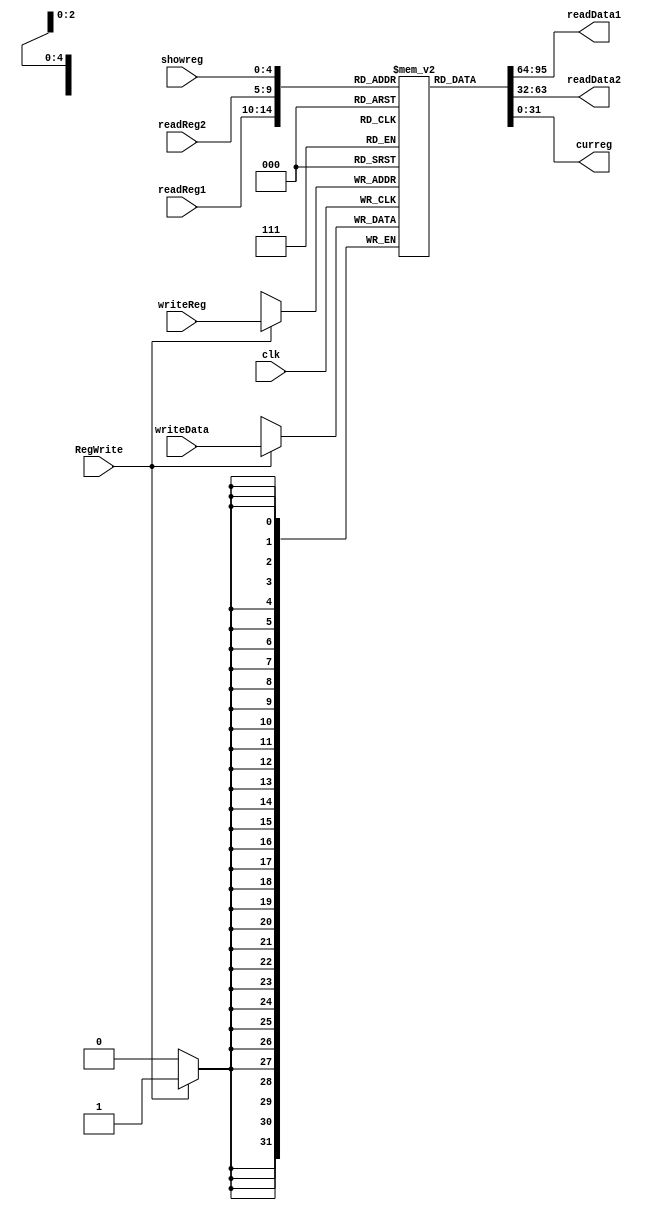
`timescale 1ns / 1ps
module regfile(readReg1, readReg2, writeReg, writeData, readData1, readData2, RegWrite, clk,showreg,curreg);
	input RegWrite, clk;
	input [31:0] writeData;
	input [4:0] readReg1;
	input [4:0] readReg2;
	input [4:0] writeReg;
	output [31:0] readData1;
	output [31:0] readData2;
	input [4:0] showreg;
	output [31:0]curreg;
	
	reg [31:0] Reg[0:31]; //31 regs
	integer i;
	
	initial begin
		for (i=0;i<32;i=i+1)
		begin
			Reg[i]=32'b0;
		end
	end
	
	always @(negedge clk)
	begin
		if (RegWrite==1'b1)
			Reg[writeReg]<=writeData;
	end
	assign readData1=Reg[readReg1];
	assign readData2=Reg[readReg2];
	assign curreg=Reg[showreg];

endmodule